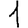
Digit: 1